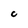
Character: C